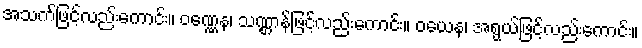
အသက်ဖြင့်လည်းကောင်း။ ဝဏ္ဏေန၊ သဏ္ဌာန်ဖြင့်လည်းကောင်း။ ဝယေန၊ အရွယ်ဖြင့်လည်းကောင်း။